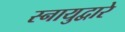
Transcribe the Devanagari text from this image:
स्नायुद्वारे